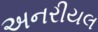
અનરીયલ